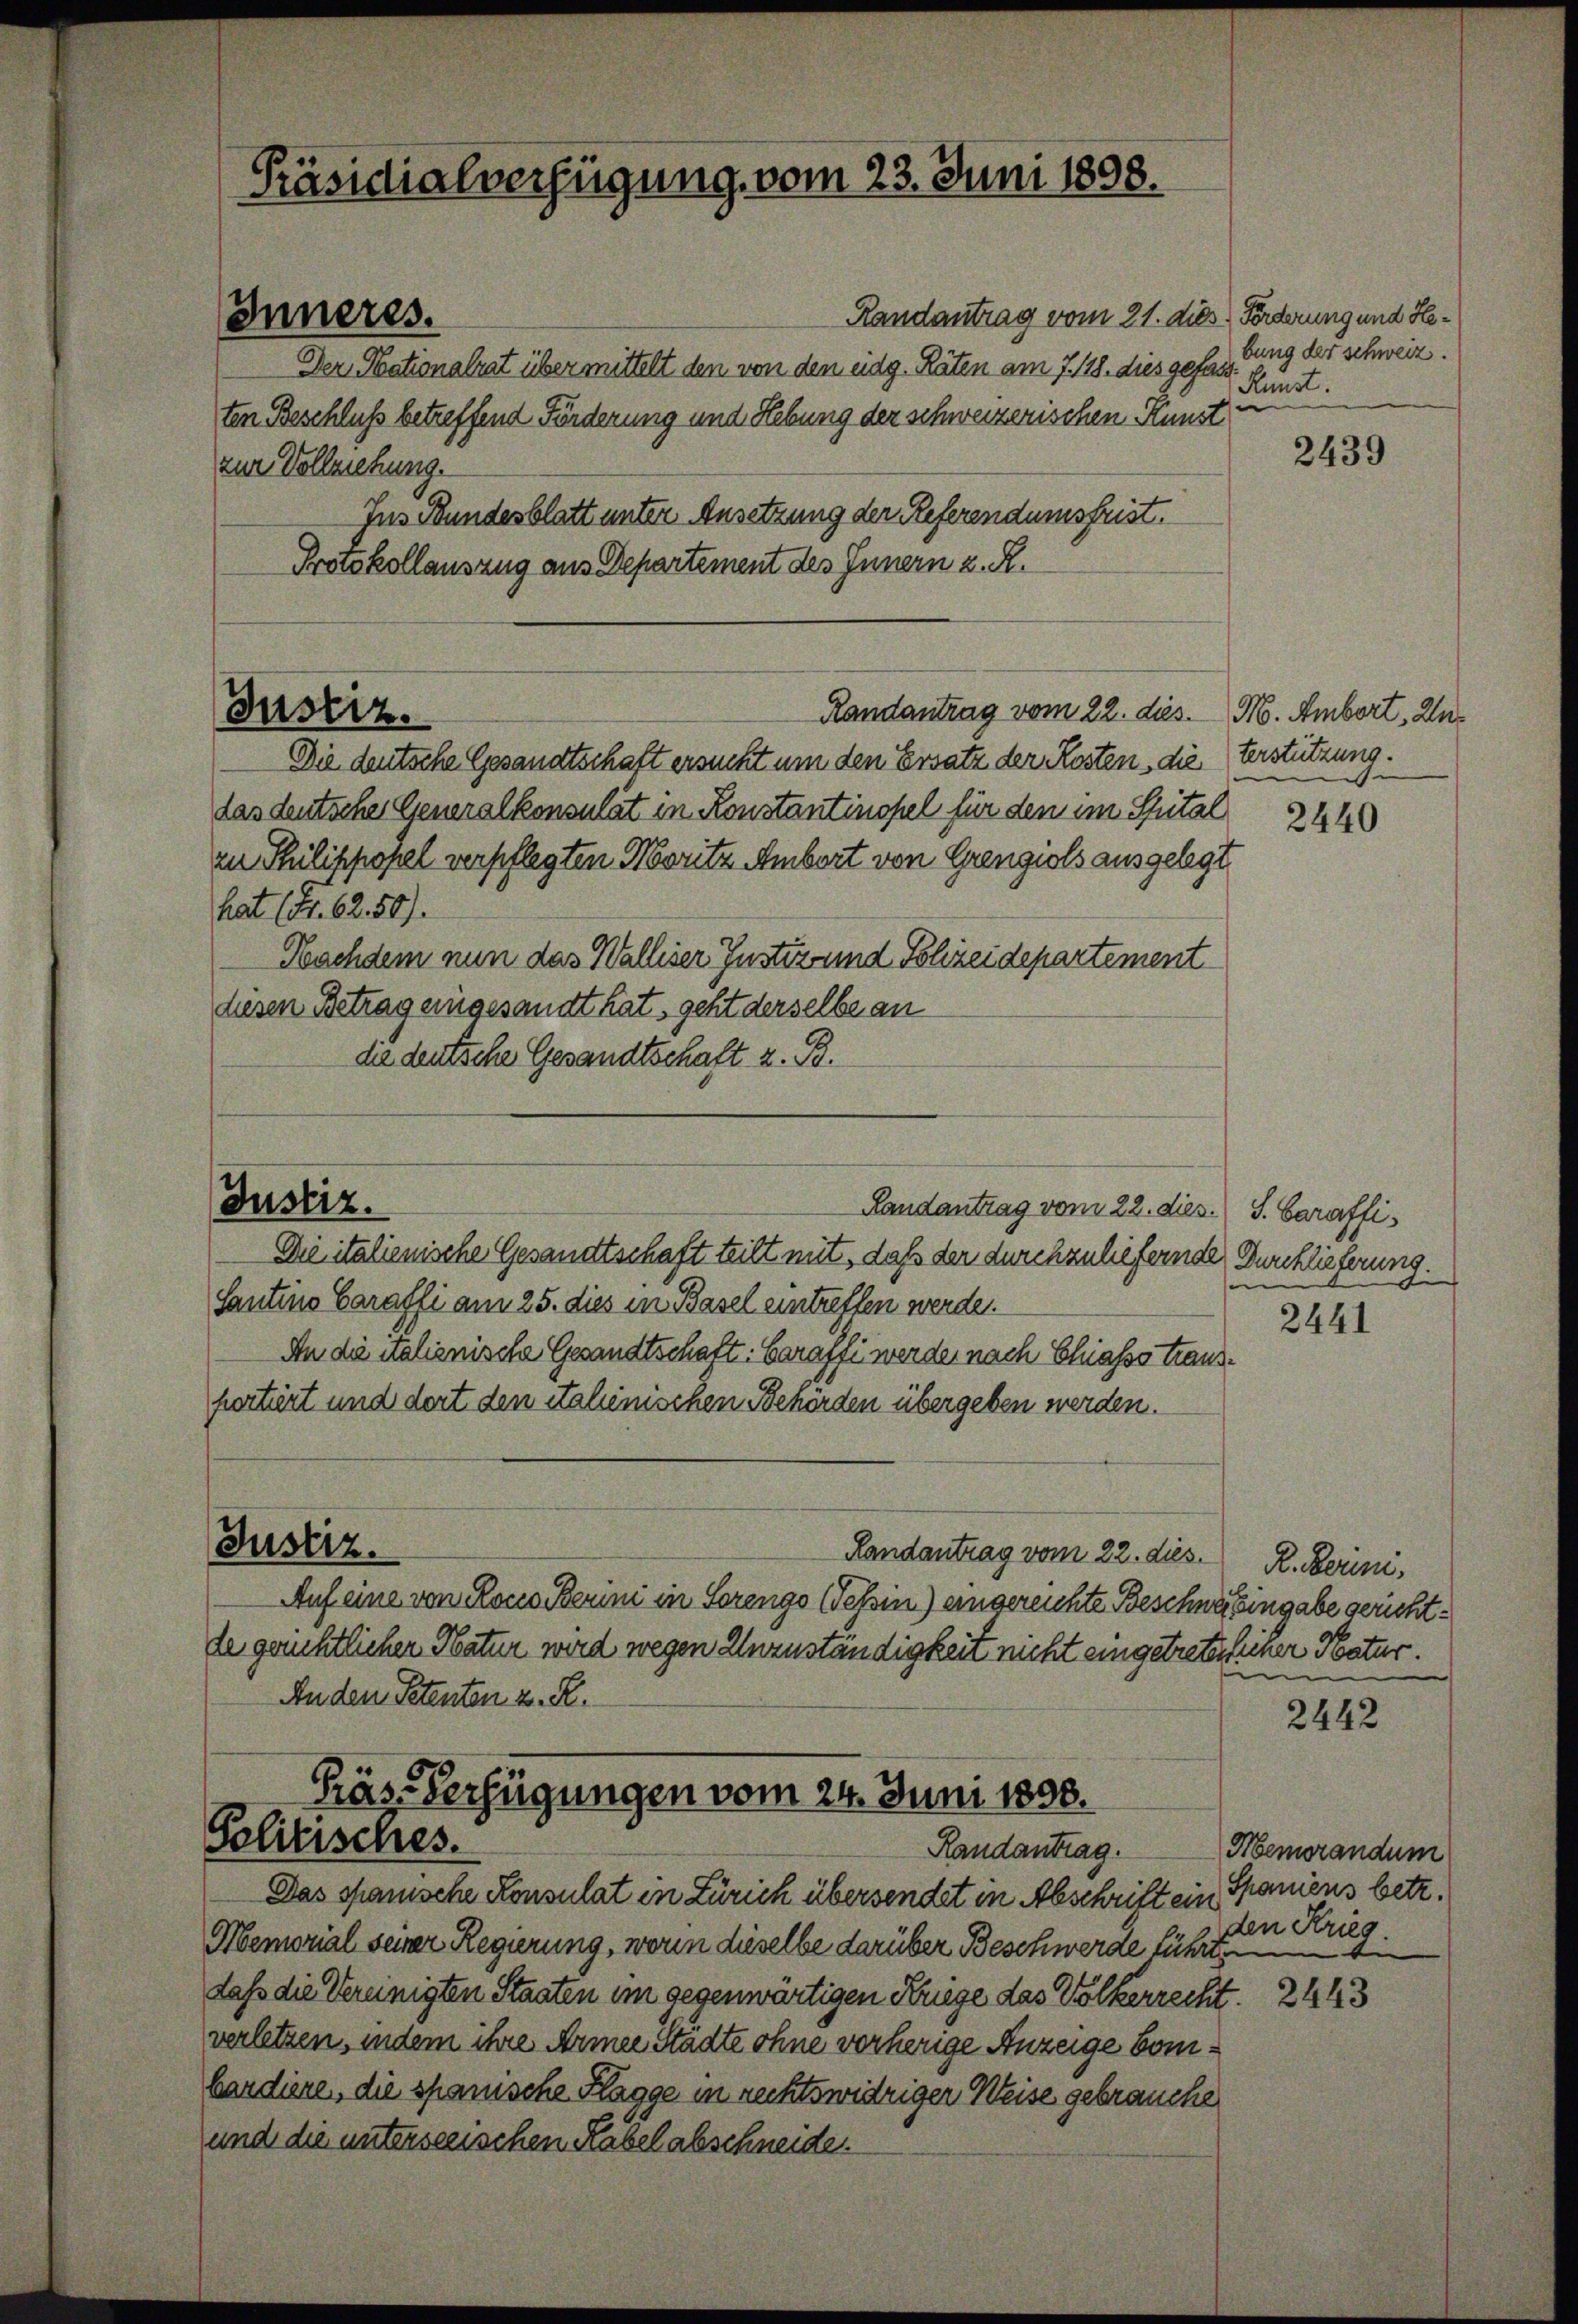
Präsidialverfügung vom 23. Juni 1898.

Inneres.

Justiz.

Justiz.

Randantrag vom 21. dies Forderung und He¬
Der Nationalrat über mittelt den von den eidg. Räten am 7. 118. dies gefass
ten Beschluß betreffend Förderung und Hebung der schweizerischen Kunst
zur Vollziehung.
Jus Bundesblatt unter Ansetzung der Referendumsfrist.
Protokollauszug aus Departement des Innern z. R.
Die deutsche Gesandtschaft ersucht um den Ersatz der Kosten, die Verstützung.
das deutscher Generalkonsulat in Konstantinopel für den im Spital
zu Thilippopel verpflegten Moritz Ambort von Grengiols ausgelegt
hat (S. 62. 50).
Nachdem nun das Walliser Justiz und Polizeidepartement
diesen Betrag eingesandt hat, geht derselbe an
die deutsche Gesandtschaft z. B.

Randantrag vom 22. dies. M. Ambert, zu¬

Präs. Verfügungen vom 24. Juni 1800.
Solitisches.
Randantrag.

Randantrag vom 22. dies.
Die italienische Gesandtschaft teilt mit, daß der durchzuliefernde Durchlieferung.
Santine Caraffi am 25. dies in Basel eintreffen werde.
An die italienische Gesandtschaft. Barasse werde nach Chiasso transpertiert und dort den italinischen Behörden übergeben werden.
Justiz.
Landantrag vom 22. dies. R. Berini,
Auf eine von Rono Berini in Sorengo Tessin) eingereichte Beschwereingabe gerichtde gerichtlichen Natur wird wegen Unzuständigkeit nicht eingetreterlicher Natur.
Anden Petenten z. R.

bung der schweiz.
Kunst.
e

Das spanische Konsulat in Zürich übersendet in Abschrift ein
Memorial seiner Regierung, worin dieselbe darüber Beschwerde führte
daß die Vereinigten Staaten im gegenwärtigen Kriege das Völkerrecht
verletzen, indem ihre Armee Städte ohne vorherige Anzeige bombardiene, die spanische Flagge in rechtswidriger Weise gebrauche
und die unterseeischen Rabel abschneide.

2439

2440

S. Caraffi¬

2441

2442

Memorandum
Spaniens betr.
den Krieg.

2443